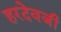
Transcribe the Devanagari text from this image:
हरदेवजी